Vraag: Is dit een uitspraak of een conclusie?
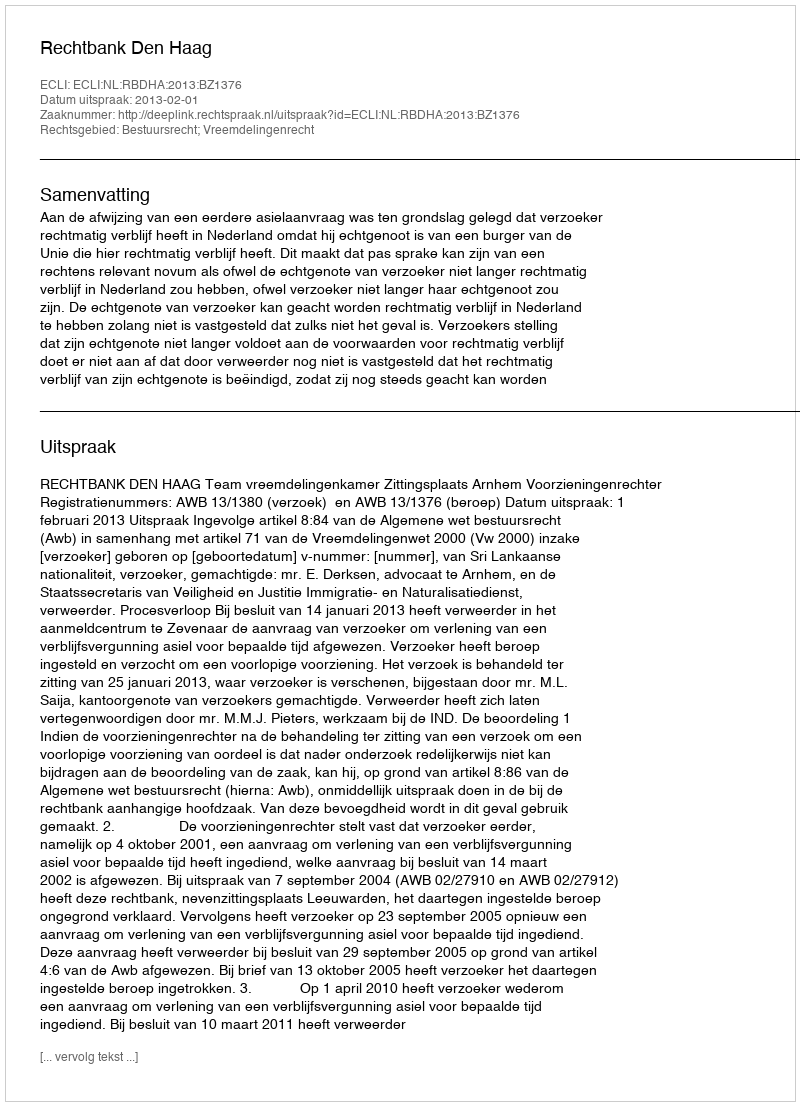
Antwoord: Uitspraak